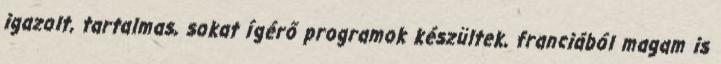
igazolt, tartalmas, sokat ígérő programok készültek, franciából magam is